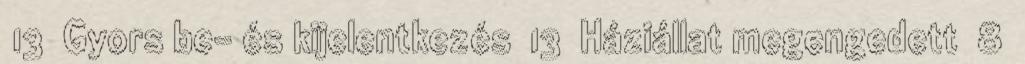
13 Gyors be- és kijelentkezés 13 Háziállat megengedett 8